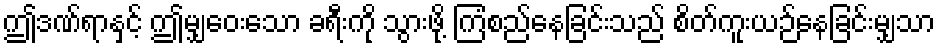
ဤဒဏ်ရာနှင့် ဤမျှဝေးသော ခရီးကို သွားဖို့ ကြံစည်နေခြင်းသည် စိတ်ကူးယဉ်နေခြင်းမျှသာ